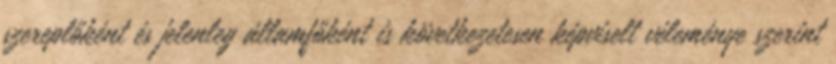
szereplőként és jelenleg államfőként is következetesen képviselt véleménye szerint